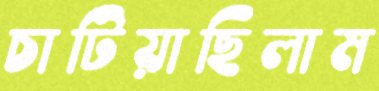
চাটিয়াছিলাম